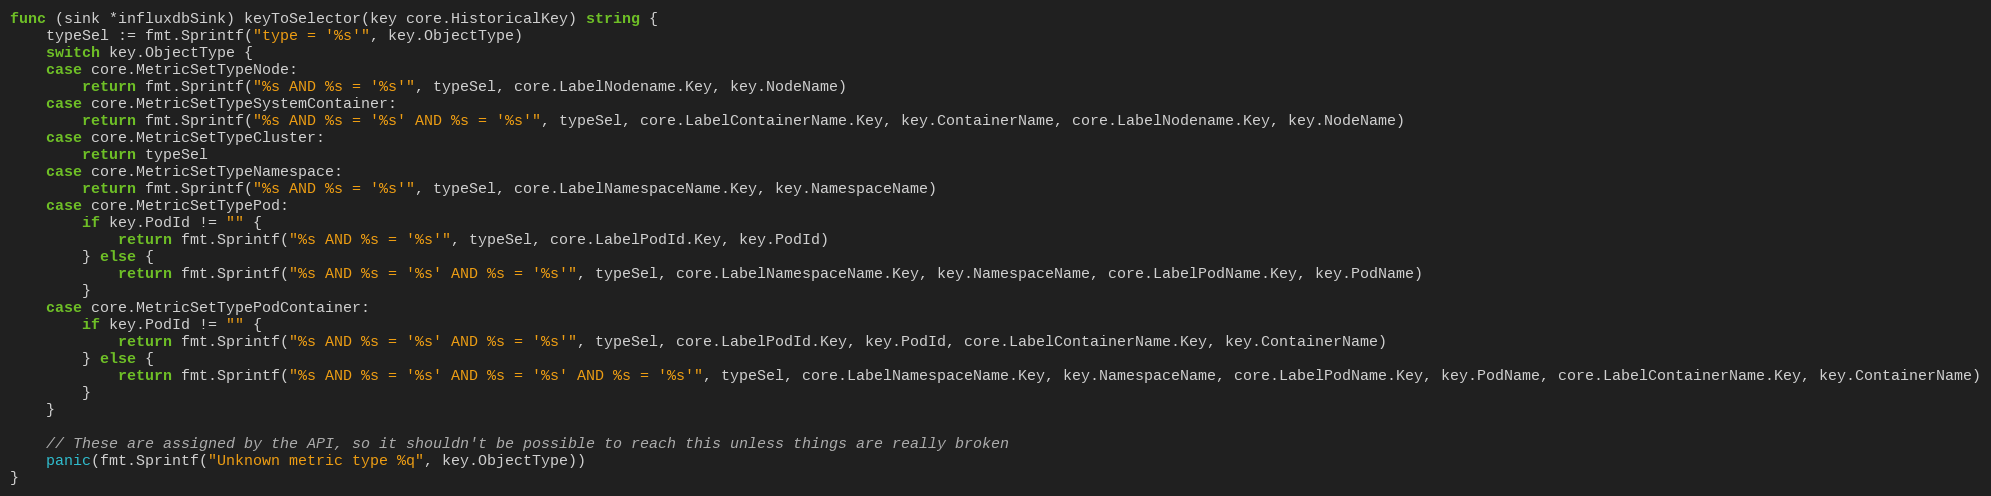
Language: Go
func (sink *influxdbSink) keyToSelector(key core.HistoricalKey) string {
	typeSel := fmt.Sprintf("type = '%s'", key.ObjectType)
	switch key.ObjectType {
	case core.MetricSetTypeNode:
		return fmt.Sprintf("%s AND %s = '%s'", typeSel, core.LabelNodename.Key, key.NodeName)
	case core.MetricSetTypeSystemContainer:
		return fmt.Sprintf("%s AND %s = '%s' AND %s = '%s'", typeSel, core.LabelContainerName.Key, key.ContainerName, core.LabelNodename.Key, key.NodeName)
	case core.MetricSetTypeCluster:
		return typeSel
	case core.MetricSetTypeNamespace:
		return fmt.Sprintf("%s AND %s = '%s'", typeSel, core.LabelNamespaceName.Key, key.NamespaceName)
	case core.MetricSetTypePod:
		if key.PodId != "" {
			return fmt.Sprintf("%s AND %s = '%s'", typeSel, core.LabelPodId.Key, key.PodId)
		} else {
			return fmt.Sprintf("%s AND %s = '%s' AND %s = '%s'", typeSel, core.LabelNamespaceName.Key, key.NamespaceName, core.LabelPodName.Key, key.PodName)
		}
	case core.MetricSetTypePodContainer:
		if key.PodId != "" {
			return fmt.Sprintf("%s AND %s = '%s' AND %s = '%s'", typeSel, core.LabelPodId.Key, key.PodId, core.LabelContainerName.Key, key.ContainerName)
		} else {
			return fmt.Sprintf("%s AND %s = '%s' AND %s = '%s' AND %s = '%s'", typeSel, core.LabelNamespaceName.Key, key.NamespaceName, core.LabelPodName.Key, key.PodName, core.LabelContainerName.Key, key.ContainerName)
		}
	}

	// These are assigned by the API, so it shouldn't be possible to reach this unless things are really broken
	panic(fmt.Sprintf("Unknown metric type %q", key.ObjectType))
}